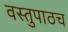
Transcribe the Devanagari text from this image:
वस्तुपाठच